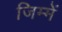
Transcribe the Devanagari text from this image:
जिम्‍में